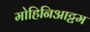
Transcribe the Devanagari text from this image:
मोहिनिआट्टम